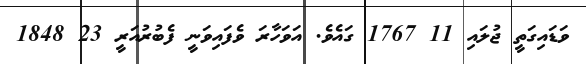
ވަޑައިގަތީ ޖުލައި 11 1767 ގައެވެ. އަވަހާރަ ވެފައިވަނީ ފެބުރުއަރީ 23 1848